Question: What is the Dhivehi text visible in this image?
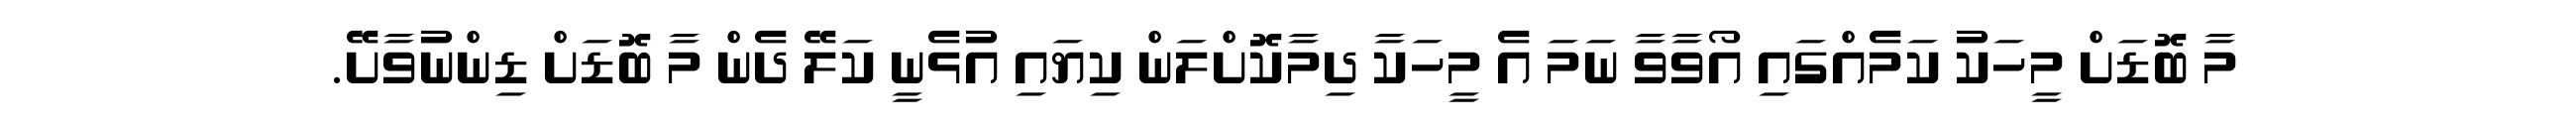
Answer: މާ ބޮޑަށް މީހަކު ކަމެއްގައި އޯވާވާ ނަމަ އެ މީހަކާ ދިމާކޮށްލަން ކިޔައި އުޅެނީ ކަލޭ ދެން މާ ބޮޑަށް ޑިންނުވާށޭ.